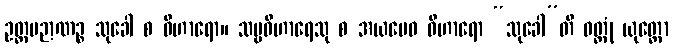
ဥတ္တမဉာဏဉ္စ သုခေါ စ ဝိဟာရော။ သဗ္ဗဝိဟာရေသု စ အယမေဝ ဝိဟာရော “သုခေါ”တိ ဝတ္တုံ ယုတ္တော